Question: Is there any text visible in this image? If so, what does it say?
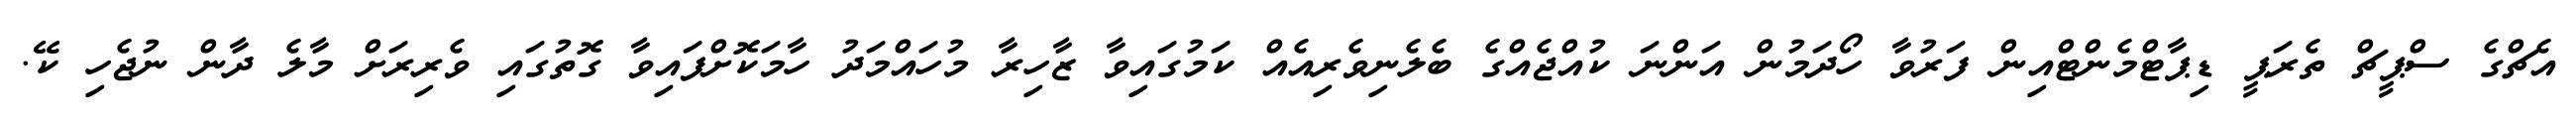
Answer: އެޗްގެ ސްޕީޗް ތެރަޕީ ޑިޕާޓްމެންޓްއިން ފަރުވާ ހޯދަމުން އަންނަ ކުއްޖެއްގެ ބެލެނިވެރިއެއް ކަމުގައިވާ ޒާހިރާ މުހައްމަދު ހާމަކޮށްފައިވާ ގޮތުގައި ވެރިރަށް މާލެ ދާން ނުޖެހި ކޭ.